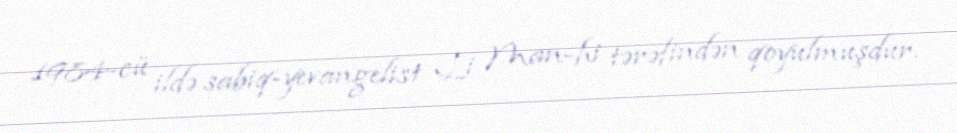
1984-cü ildə sabiq-yevangelist Li Man-hi tərəfindən qoyulmuşdur.